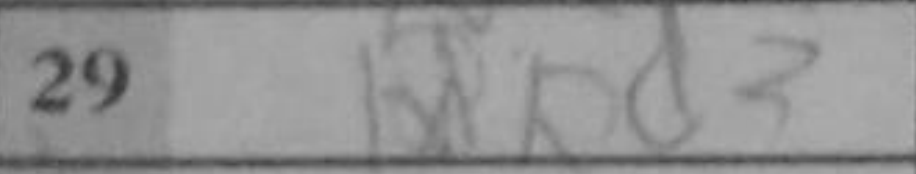
Transcription: Rd3